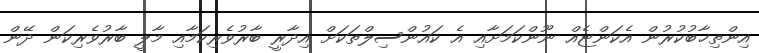
އިންތިޚާބުކުރުން އެކަންޏެއް ނޫންކަމަށާއި އެ ކައުންސިލްތަކަށް އިދާރީ ބާރުވެރިކަމާއި މާލީ ބާރުވެރިކަން ދޭން